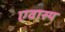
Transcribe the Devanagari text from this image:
एवास्य